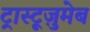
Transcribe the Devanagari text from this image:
ट्रास्टूज़ुमेब